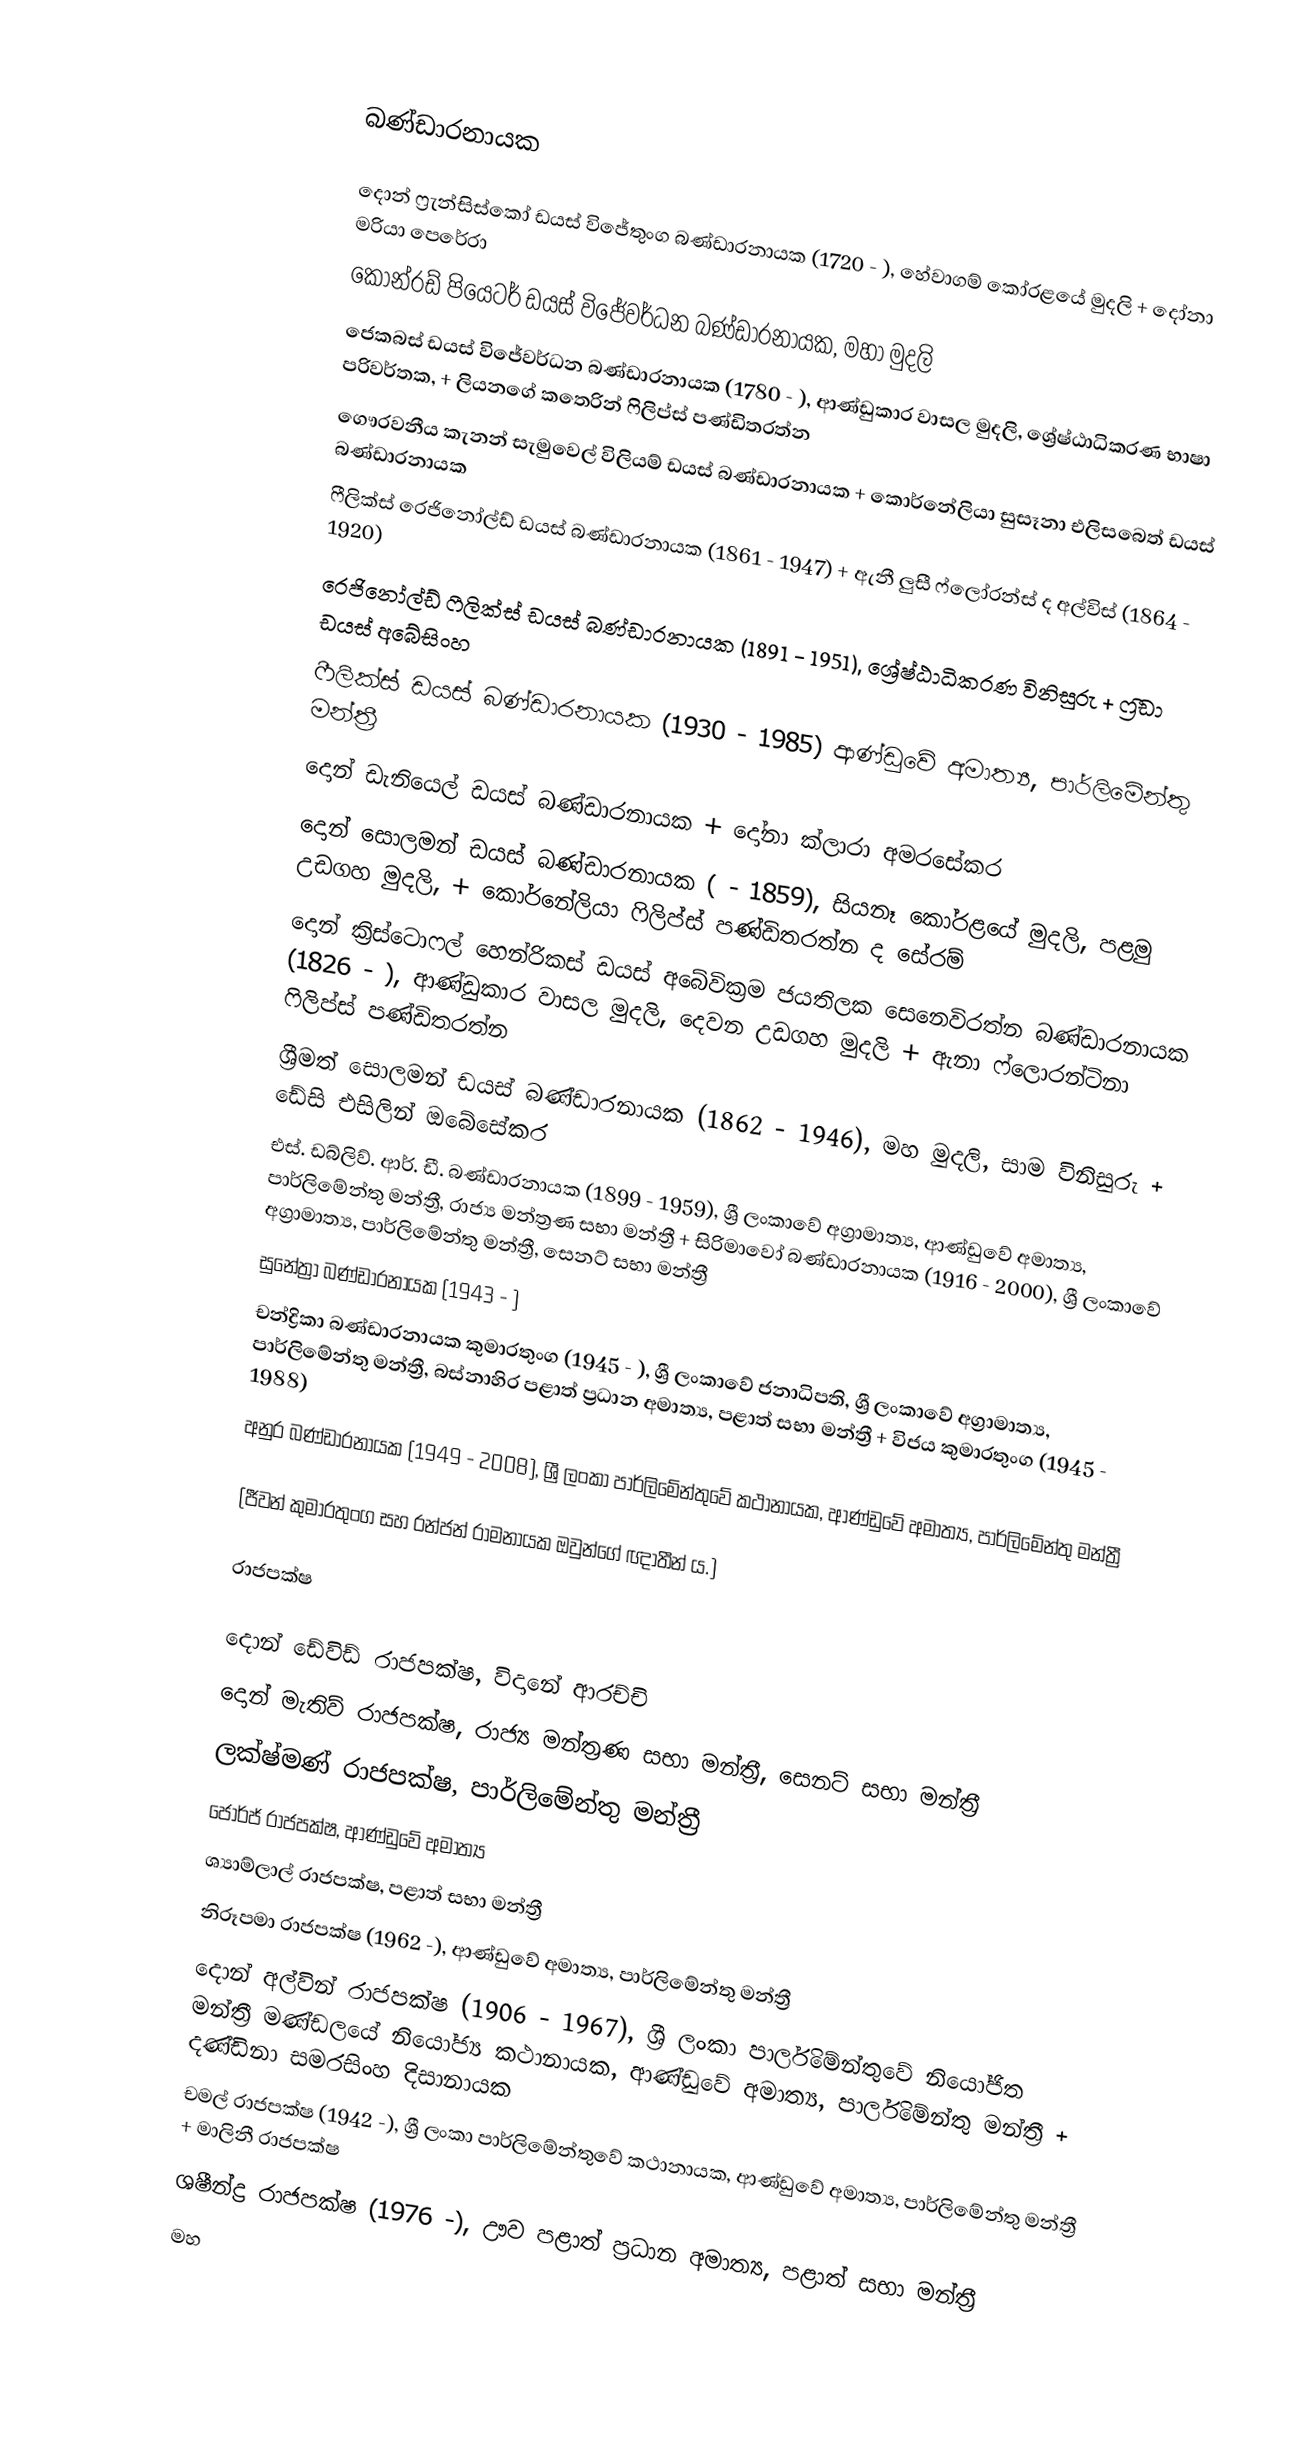

බණ්ඩාරනායක

 දොන් ෆ්‍රැන්සිස්කෝ ඩයස් විජේතුංග බණ්ඩාරනායක (1720 - ), හේවාගම් කෝරළයේ මුදලි + දෝනා මරියා පෙරේරා
 කොන්රඩ් පියෙටර් ඩයස් විජේවර්ධන බණ්ඩාරනායක, මහා මුදලි
 ජෙකබස් ඩයස් විජේවර්ධන බණ්ඩාරනායක (1780 - ), ආණ්ඩුකාර වාසල මුදලි, ශ්‍රේෂ්ඨාධිකරණ භාෂා පරිවර්තක, + ලියනගේ කතෙරින් ෆිලිප්ස් පණ්ඩිතරත්න
 ගෞරවනීය කැනන් සැමුවෙල් විලියම් ඩයස් බණ්ඩාරනායක + කොර්නේලියා සුසෑනා එලිසබෙත් ඩයස් බණ්ඩාරනායක
 ෆීලික්ස් රෙජිනෝල්ඩ් ඩයස් බණ්ඩාරනායක (1861 - 1947) + ඇනී ලුසී ෆ්ලෝරන්ස් ද අල්විස් (1864 - 1920)
 රෙජිනෝල්ඩ් ෆීලික්ස් ඩයස් බණ්ඩාරනායක (1891 - 1951), ශ්‍රේෂ්ඨාධිකරණ විනිසුරු + ෆ්‍රීඩා ඩයස් අබේසිංහ
 ෆීලික්ස් ඩයස් බණ්ඩාරනායක (1930 - 1985) ආණ්ඩුවේ අමාත්‍ය, පාර්ලිමේන්තු මන්ත්‍රී
 දොන් ඩැනියෙල් ඩයස් බණ්ඩාරනායක + දෝනා ක්ලාරා අමරසේකර
 දොන් සොලමන් ඩයස් බණ්ඩාරනායක ( - 1859), සියනෑ කෝරළයේ මුදලි, පළමු උඩගහ මුදලි, + කොර්නේලියා ෆිලිප්ස් පණ්ඩිතරත්න ද සේරම්
 දොන් ක්‍රිස්ටොෆල් හෙන්රිකස් ඩයස් අබේවික්‍රම ජයතිලක සෙනෙවිරත්න බණ්ඩාරනායක (1826 - ), ආණ්ඩුකාර වාසල මුදලි, දෙවන උඩගහ මුදලි + ඇනා ෆ්ලොරන්ටිනා ෆිලිප්ස් පණ්ඩිතරත්න
 ශ්‍රීමත් සොලමන් ඩයස් බණ්ඩාරනායක (1862 - 1946), මහ මුදලි, සාම විනිසුරු + ඩේසි එසිලින් ඔබේසේකර
 එස්. ඩබ්ලිව්. ආර්. ඩී. බණ්ඩාරනායක (1899 - 1959), ශ්‍රී ලංකාවේ අග්‍රාමාත්‍ය, ආණ්ඩුවේ අමාත්‍ය, පාර්ලිමේන්තු මන්ත්‍රී, රාජ්‍ය මන්ත්‍රණ සභා මන්ත්‍රී + සිරිමාවෝ බණ්ඩාරනායක (1916 - 2000), ශ්‍රී ලංකාවේ අග්‍රාමාත්‍ය, පාර්ලිමේන්තු මන්ත්‍රී, සෙනට් සභා මන්ත්‍රී
 සුනේත්‍රා බණ්ඩාරනායක (1943 - )
 චන්ද්‍රිකා බණ්ඩාරනායක කුමාරතුංග (1945 - ), ශ්‍රී ලංකාවේ ජනාධිපති, ශ්‍රී ලංකාවේ අග්‍රාමාත්‍ය, පාර්ලිමේන්තු මන්ත්‍රී, බස්නාහිර පළාත් ප්‍රධාන අමාත්‍ය, පළාත් සභා මන්ත්‍රී + විජය කුමාරතුංග (1945 - 1988)
 අනුර බණ්ඩාරනායක (1949 - 2008), ශ්‍රී ලංකා පාර්ලිමේන්තුවේ කථානායක, ආණ්ඩුවේ අමාත්‍ය, පාර්ලිමේන්තු මන්ත්‍රී

(ජීවන් කුමාරතුංග සහ රන්ජන් රාමනායක ඔවුන්ගේ ඥාතීන් ය.)

රාජපක්ෂ

 දොන් ඩේවිඩ් රාජපක්ෂ, විදානේ ආරච්චි
 දොන් මැතිව් රාජපක්ෂ, රාජ්‍ය මන්ත්‍රණ සභා මන්ත්‍රී, සෙනට් සභා මන්ත්‍රී
 ලක්ෂ්මණ් රාජපක්ෂ, පාර්ලිමේන්තු මන්ත්‍රී
 ජෝර්ජ් රාජපක්ෂ, ආණ්ඩුවේ අමාත්‍ය
 ශ්‍යාම්ලාල් රාජපක්ෂ, පළාත් සභා මන්ත්‍රී
 නිරූපමා රාජපක්ෂ (1962 -), ආණ්ඩුවේ අමාත්‍ය, පාර්ලිමේන්තු මන්ත්‍රී
 දොන් අල්වින් රාජපක්ෂ (1906 - 1967), ශ්‍රී ලංකා පාර්ලිමේන්තුවේ නියෝජිත මන්ත්‍රී මණ්ඩලයේ නියෝජ්‍ය කථානායක, ආණ්ඩුවේ අමාත්‍ය, පාර්ලිමේන්තු මන්ත්‍රී + දණ්ඩිනා සමරසිංහ දිසානායක
 චමල් රාජපක්ෂ (1942 -), ශ්‍රී ලංකා පාර්ලිමේන්තුවේ කථානායක, ආණ්ඩුවේ අමාත්‍ය, පාර්ලිමේන්තු මන්ත්‍රී + මාලිනී රාජපක්ෂ
 ශෂීන්ද්‍ර රාජපක්ෂ (1976 -), ඌව පළාත් ප්‍රධාන අමාත්‍ය, පළාත් සභා මන්ත්‍රී
 මහ